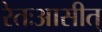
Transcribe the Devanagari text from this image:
रेतःआसीत्